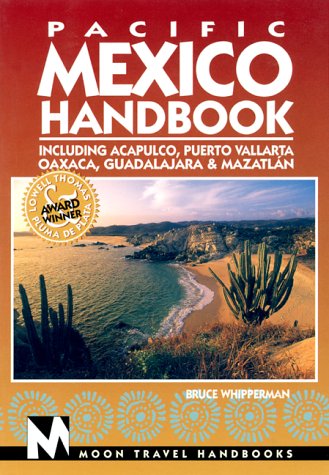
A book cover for Moon Handbooks Pacific Mexico: Including Acapulco, Puerto Vallarta, Oaxaca, Guadalajara, & Mazatlan (Pacific Mexico Handbook, 4th ed); Bruce Whipperman; Travel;